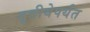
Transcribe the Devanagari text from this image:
तृतीयेपर्यंत